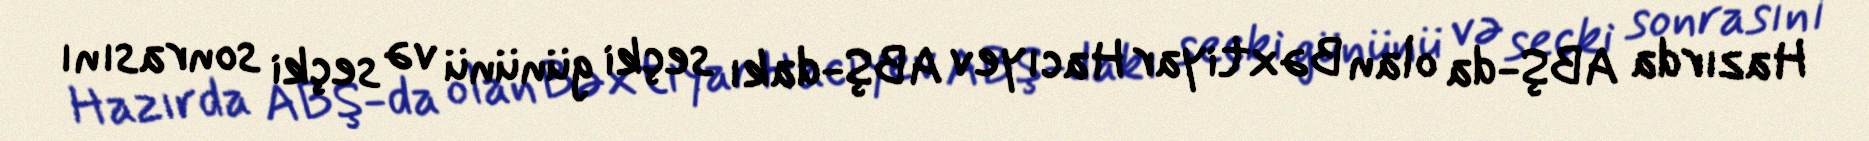
Hazırda ABŞ-da olan Bəxtiyar Hacıyev ABŞ-dakı seçki gününü və seçki sonrasını